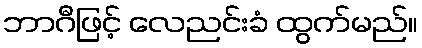
ဘာဂီဖြင့် လေညင်းခံ ထွက်မည်။